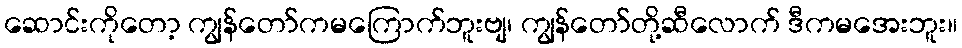
ဆောင်းကိုတော့ ကျွန်တော်ကမကြောက်ဘူးဗျ၊ ကျွန်တော်တို့ဆီလောက် ဒီကမအေးဘူး။